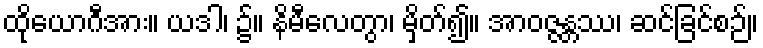
ထိုယောဂီအား။ ယဒါ၊ ၌။ နိမီလေတွာ၊ မှိတ်၍။ အာဝဇ္ဇန္တဿ၊ ဆင်ခြင်စဉ်။